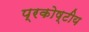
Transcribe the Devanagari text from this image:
प्रकोष्टीय